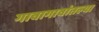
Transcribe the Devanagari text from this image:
गावागावांतल्या